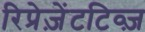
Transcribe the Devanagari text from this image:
रिप्रेज़ेंटटिव्ज़